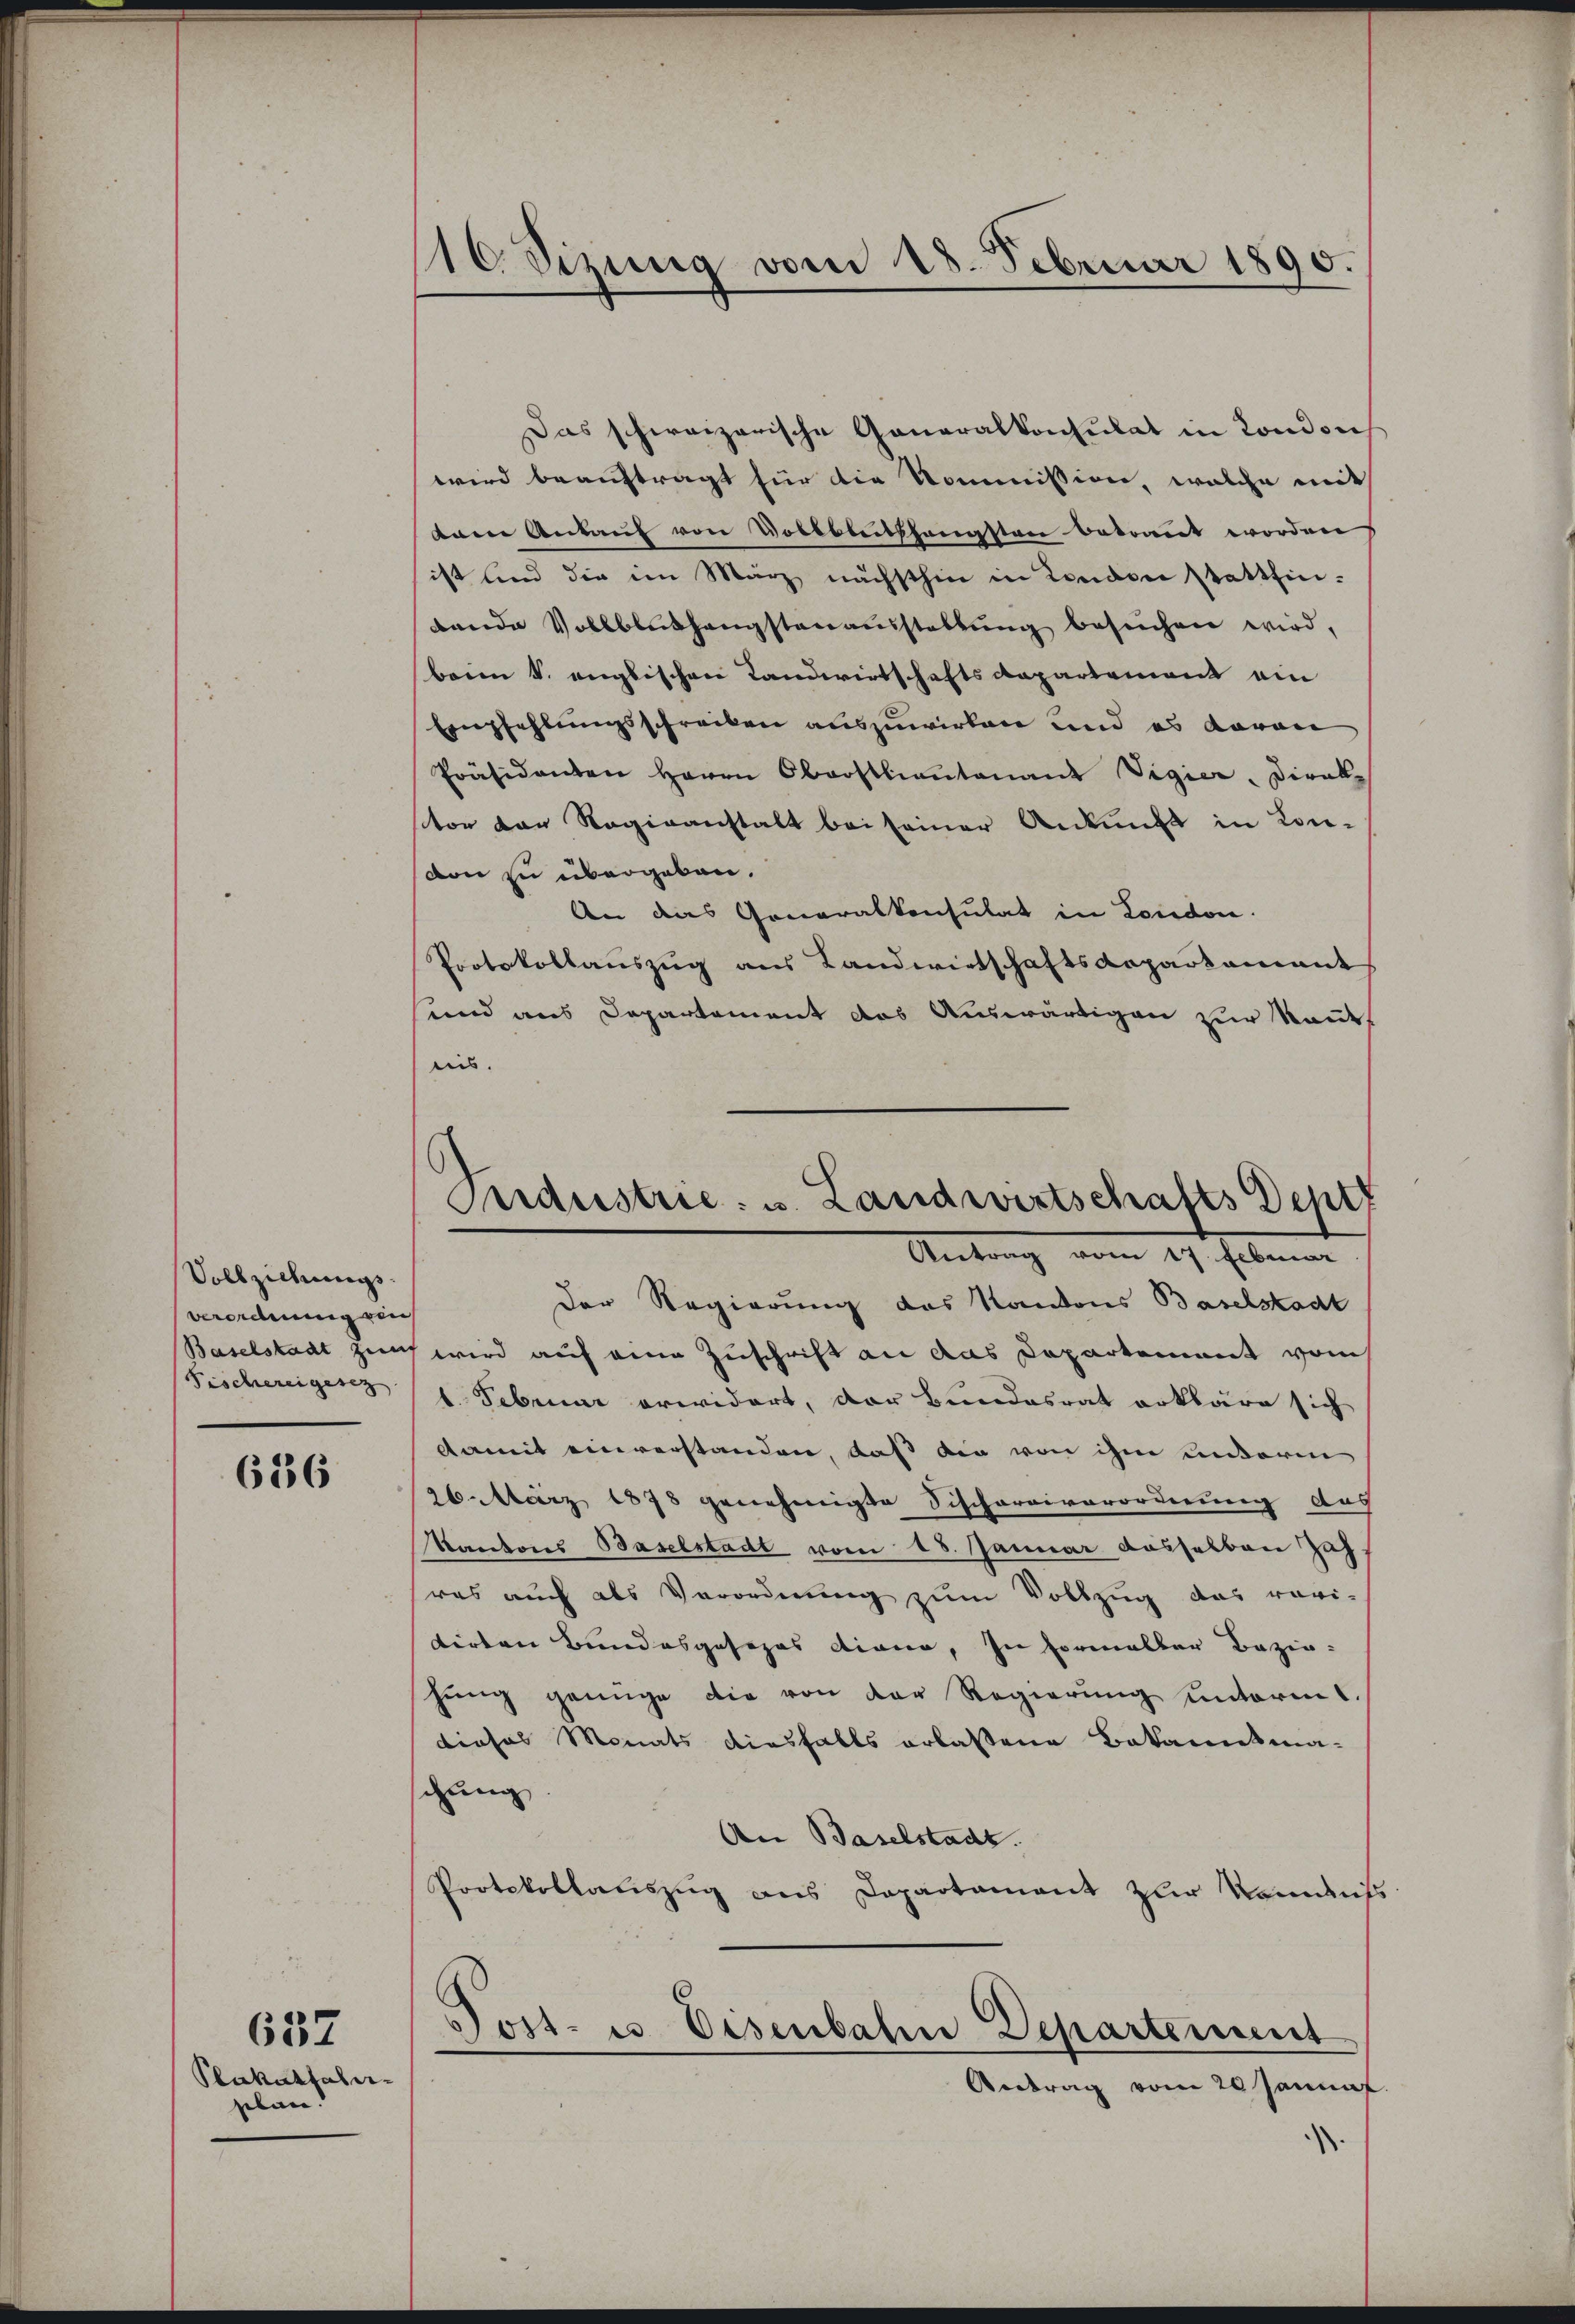
Vollziehungs¬
Verordnung von
Fischereigesez

626

Plakathaler-
petan.

637

Das schweizerische Generalkonsulat in London
wird beauftragt für die Kommission, welche mit
am Ankauf von Vollblutshängsten betrannt worden
ist und die im März nächsthin in London stattfinbande Vollbluchangstenaŭsstellŭng besuchen wird,
beim S. englischen Landwirtschaftsdepartement ein
Empfehlungsschreiben auszuwirken und es davon
Präsidenten Herrn Oberstliantenant Vigier, Direkz
stor der Regieanstalt bei seiner Ankunft in Con-
von zu übergeben.
An das Generalkonsulat in London.
Protokollauszug aus Landwirtschaftsdepartamant
sund aus Departement das Auswärtigen zur Rautuis.

110. Sizung vom 18. Februar 1890.

Industrie u. Landwirtschafts entf
Antrag vom 27. Januar

Der Regierung des Kantons Baselstadt
Baselstadt zum wird auf eine Zuschrift an das Departement vom
b. Februar erwidert, der Bundesrat erkläre sich
damit einverstanden, daß die von ihm unterm
26. März 1878 genehmigte Sischereiverordnung das
antons Baselstadt vom 18. Januar dasselben Zah
res auch als Verordnung zum Vollzug das revi-
tirten Bundesgesezes diene, in formaller Bezie-
hung genüge die von der Regierung unterm 1.
diosos Monats diesfalls erlassene Bekannsma-
schung
An Baselstadt.
Protokollauszug aus Departament zur Kommiss
Post es Eisenbahn Departement
Antrag vom 20 Januar